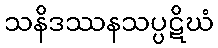
သနိဒဿနသပ္ပဋိဃံ